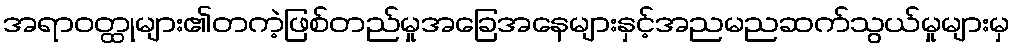
အရာဝတ္ထုများ၏တကဲ့ဖြစ်တည်မှုအခြေအနေများနှင့်အညမညဆက်သွယ်မှုများမှ